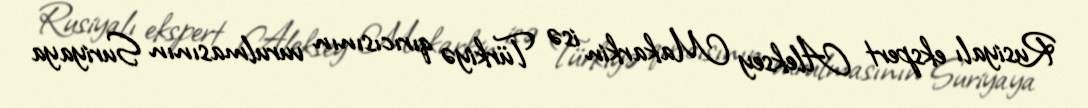
Rusiyalı ekspert Aleksey Makarkin isə Türkiyə qırıcısının vurulmasının Suriyaya